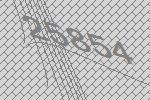
25854